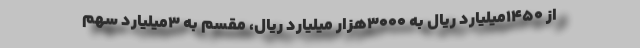
از 1450میلیارد ریال به 3000هزار میلیارد ریال، مقسّم به 3میلیارد سهم